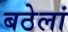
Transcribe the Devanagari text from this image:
बठेलां